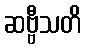
ဆဗ္ဗီသတိ